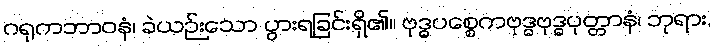
ဂရုကဘာဝနံ၊ ခဲယဉ်းသော ပွားရခြင်းရှိ၏။ ဗုဒ္ဓပစ္စေကဗုဒ္ဓဗုဒ္ဓပုတ္တာနံ၊ ဘုရား,